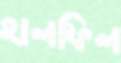
হালফিল